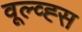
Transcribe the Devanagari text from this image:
वूल्व्ह्स